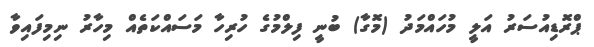
ޕްރޮޑިއުސަރު އަލީ މުހައްމަދު (މޮގާ) ބުނީ ފިލްމުގެ ހުރިހާ މަސައްކަތެއް މިހާރު ނިމިފައިވާ